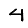
Digit: 4